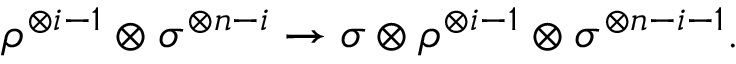
\begin{array} { r } { \rho ^ { \otimes i - 1 } \otimes \sigma ^ { \otimes n - i } \rightarrow \sigma \otimes \rho ^ { \otimes i - 1 } \otimes \sigma ^ { \otimes n - i - 1 } . } \end{array}